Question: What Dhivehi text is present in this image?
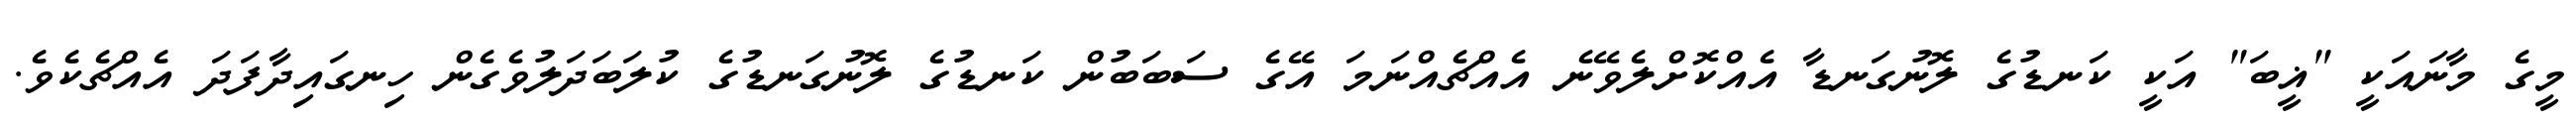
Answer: މީގެ މާނައަކީ "ޣީބަ" އަކީ ކަނޑުގެ ލޮނުގަނޑާ އެއްކޮށްލެވޭނެ އެއްޗެއްނަމަ އޭގެ ސަބަބުން ކަނޑުގެ ލޮނުގަނޑުގެ ކުލަބަދަލުވެގެން ހިނގައިދާފަދަ އެއްޗެކެވެ.